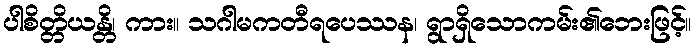
ပါစိတ္တိယန္တိ၊ ကား။ သဂါမကတီရပေဿန၊ ရွာရှိသောကမ်း၏ဘေးဖြင့်။